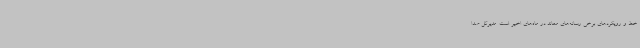
خط و رویکردهای برخی رسانه‌های معاند در ماه‌های اخیر است. مدیرکل صدا